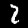
Digit: 2